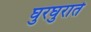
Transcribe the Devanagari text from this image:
घुरघुराते